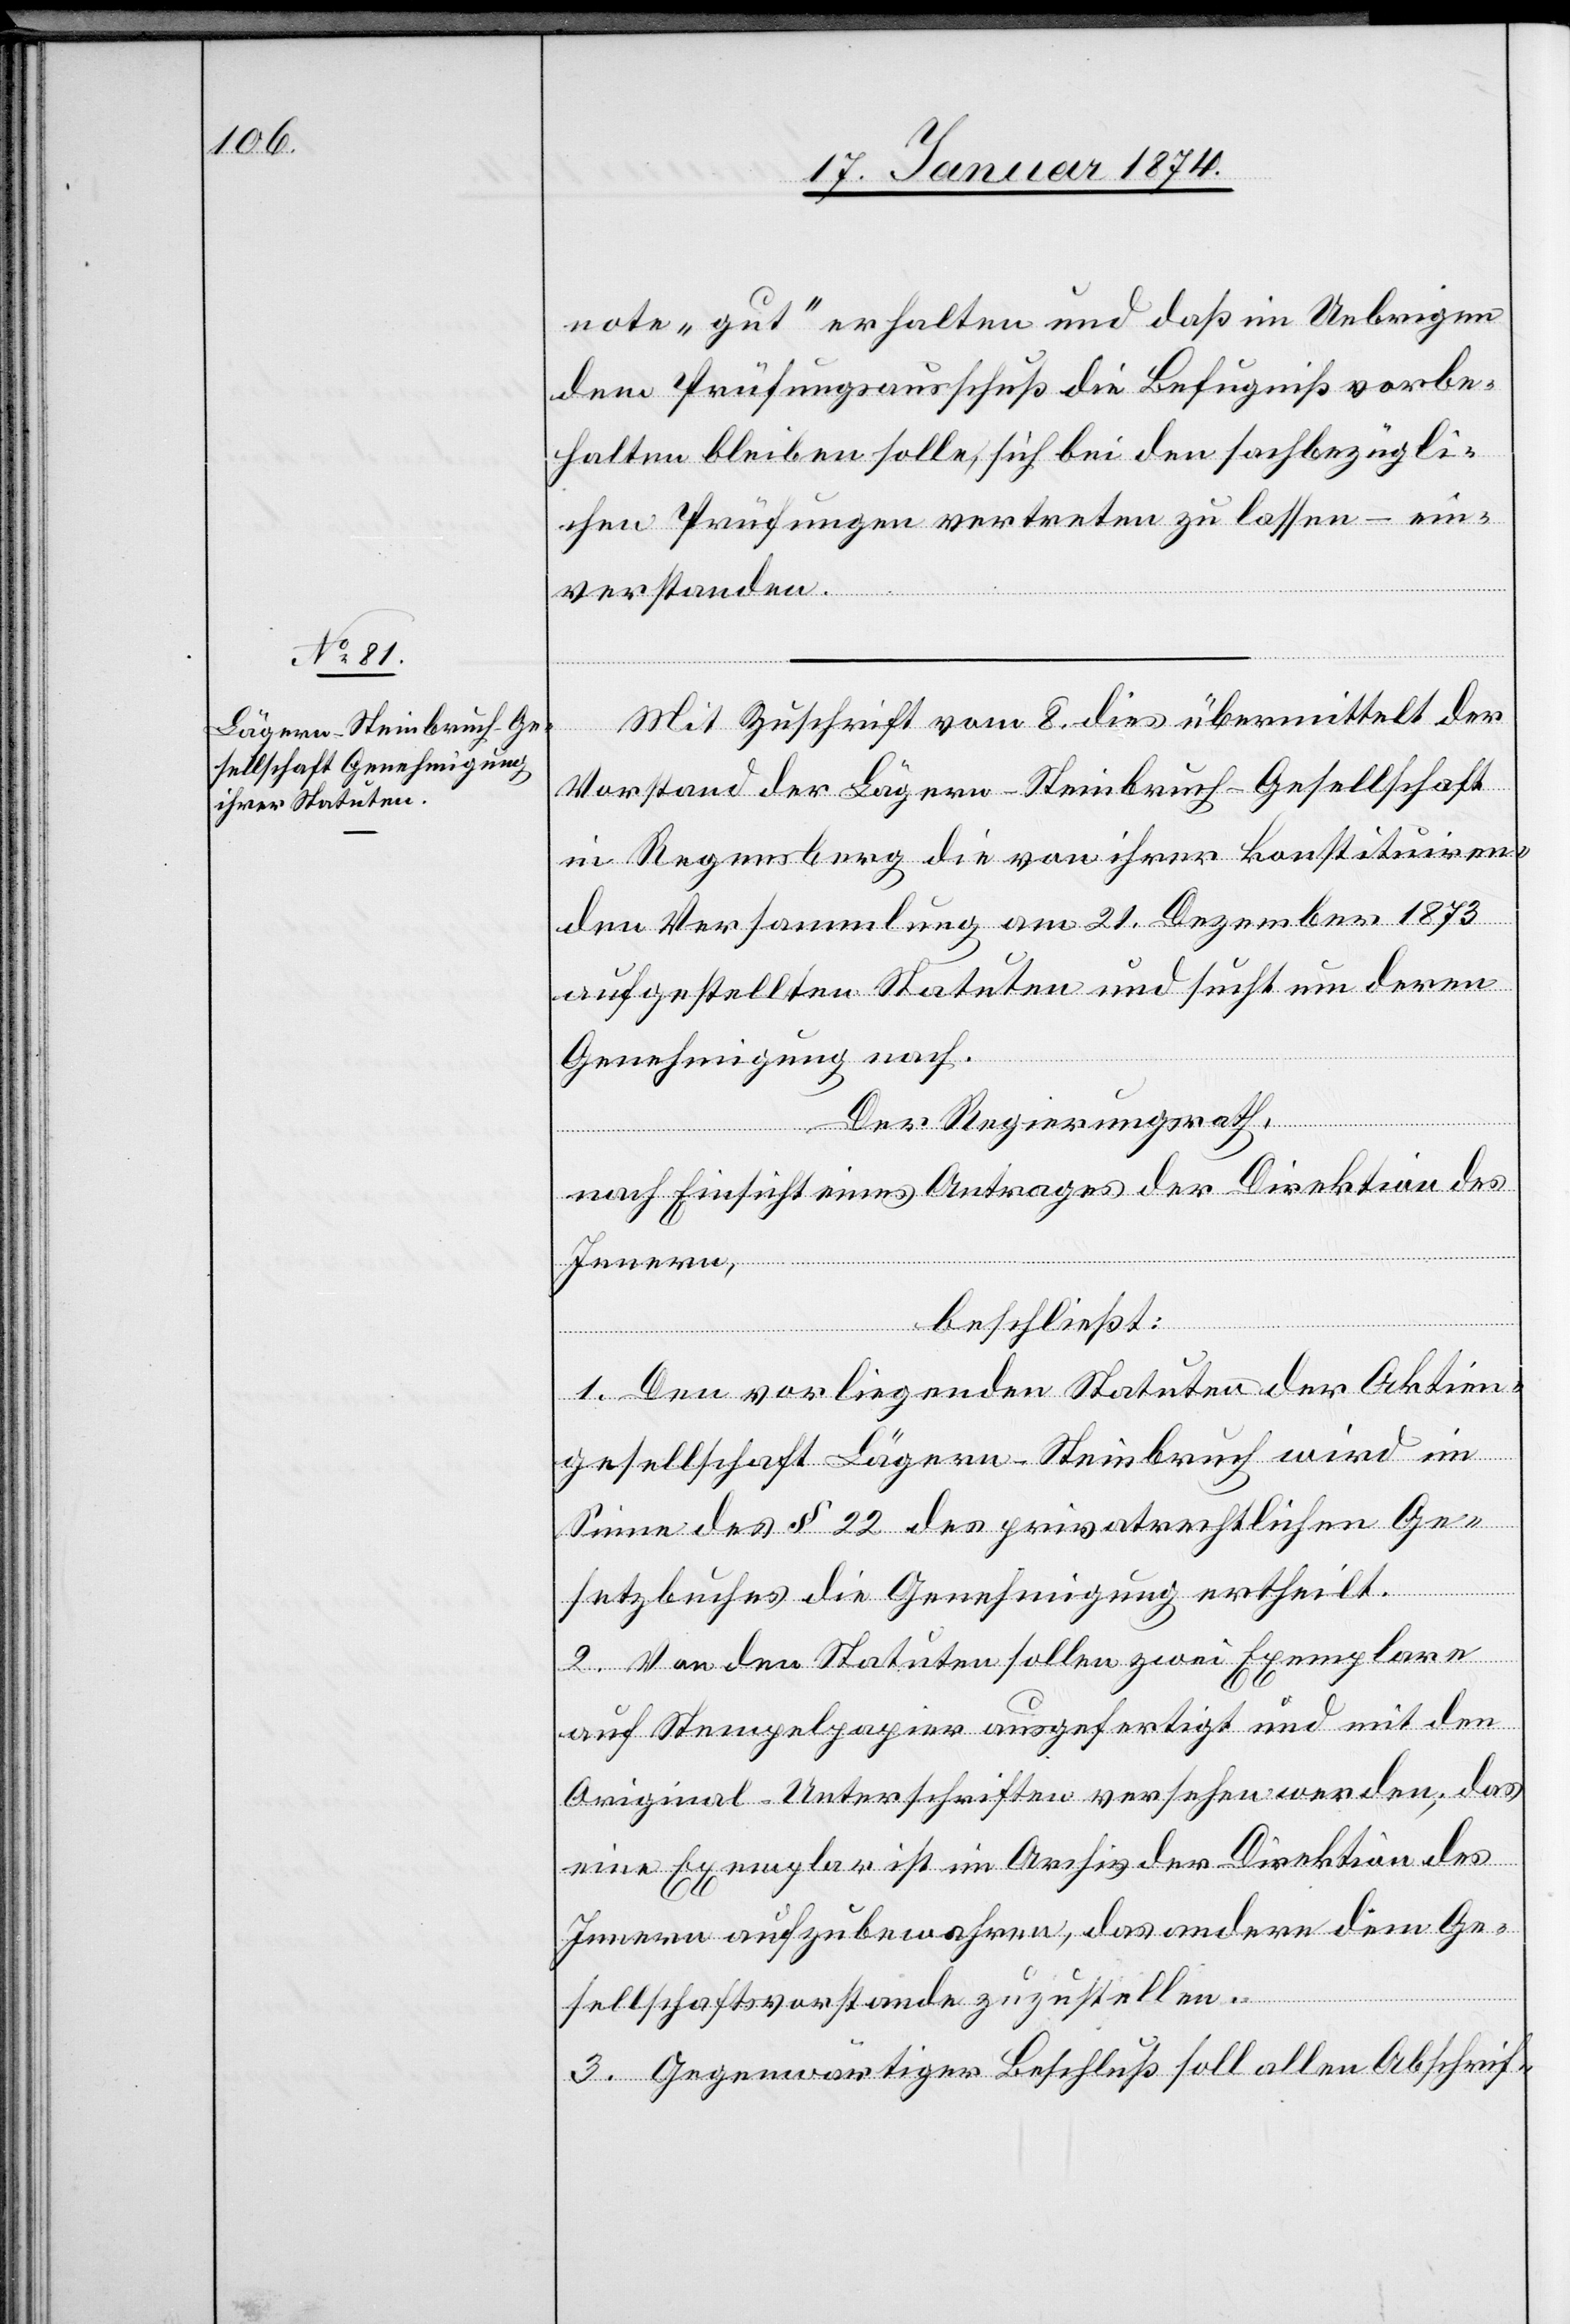
note „gut“ erhalten und daß im Uebrigen
dem Prüfungsausschuß die Befugniß vorbe¬
halten bleiben solle, sich bei den fachbezügli¬
chen Prüfungen vertreten zu lassen – ein¬
verstanden.
Mit Zuschrift vom 8. dies übermittelt der
Vorstand der Lägern-Steinbruch-Gesellschaft
in Regensberg die von ihrer konstituiren¬
den Versammlung am 21. Dezember 1873
aufgestellten Statuten und sucht um deren
Genehmigung nach.
Der Regierungsrath,
nach Einsicht eines Antrages der Direktion des
Innern,
beschließt:
1. Den vorliegenden Statuten der Aktien¬
gesellschaft Lägern-Steinbruch wird im
Sinne des § 22 des privatrechtlichen Ge¬
setzbuches die Genehmigung ertheilt.
2. Von den Statuten sollen zwei Exemplare
auf Stempelpapier ausgefertigt und mit den
Original-Unterschriften versehen werden; das
eine Exemplar ist im Archiv der Direktion des
Innern aufzubewahren, das andere dem Ge¬
sellschaftsvorstande zuzustellen.
3. Gegenwärtiger Beschluß soll allen Abschrif-